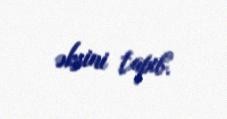
əksini tapıb.